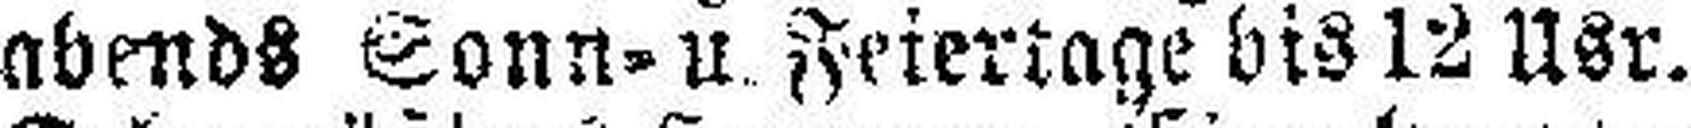
abends Sonn- u. Feiertage bis 12 Usr.